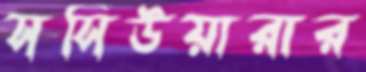
সসিউয়ারার